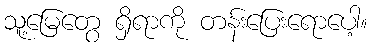
သူ့မြေတွေ ရှိရာကို တန်းပြေးရောပေါ့။